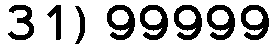
31) 99999